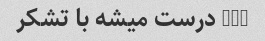
4x6 درست میشه با تشکر